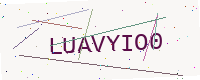
Text: LUAVYIO0